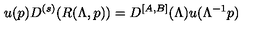
u ( p ) D ^ { ( s ) } ( R ( \Lambda , p ) ) = D ^ { [ A , B ] } ( \Lambda ) u ( \Lambda ^ { - 1 } p )